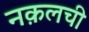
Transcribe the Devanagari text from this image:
नक़लची